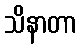
သိနာတာ